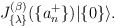
\begin{align*}J_{\{ \lambda \}}^{(\beta)}(\{ a_n^{+} \}) |\{ 0 \} \rangle.\end{align*}